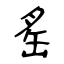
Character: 䍃